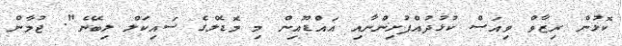
ކޮޅުން ރިޒާވް ވިއަސް ކުޅުދުއްފުށިންނާއި އައްޑޫއިން މި މޮޑެލްގެ ސައިކަލް ލިބޭނެ". ޖުމާން